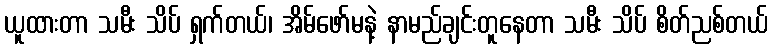
ယူထားတာ သမီး သိပ် ရှက်တယ်၊ အိမ်ဖော်မနဲ့ နာမည်ချင်းတူနေတာ သမီး သိပ် စိတ်ညစ်တယ်